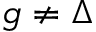
g \neq \Delta